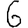
Digit: 6